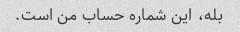
بله، این شماره حساب من است.